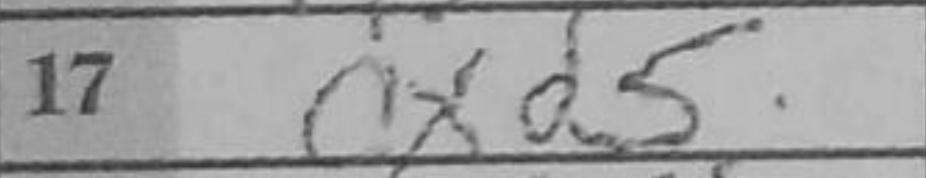
Transcription: cxd5